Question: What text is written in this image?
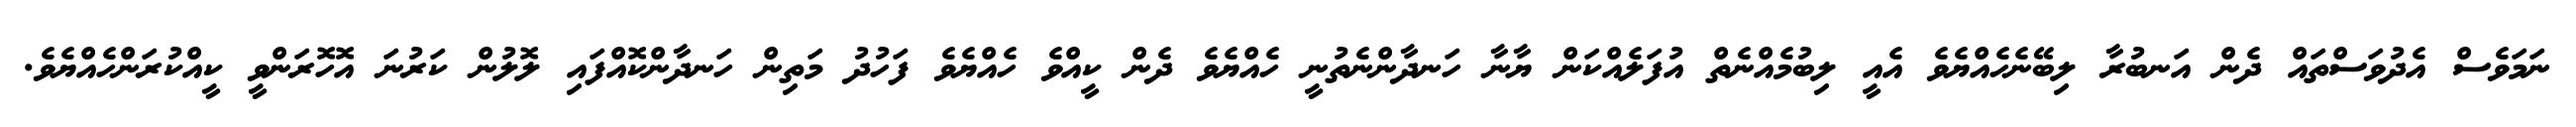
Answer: ނަމަވެސް އެދުވަސްތައް ދެން އަނބުރާ ލިބޭނެހެއްޔެވެ އެއީ ލިބުމެއްނެތް އުފަލެއްކަން ޔާނާ ހަނދާންނެތުނީ ހެއްޔެވެ ދެން ކީއްވެ ހެއްޔެވެ ފަހުދު މަތިން ހަނދާންކޮއްފައި ލޮލުން ކަރުނަ އޮހޮރަންވީ ކީއްކުރަންހެއްޔެވެ.